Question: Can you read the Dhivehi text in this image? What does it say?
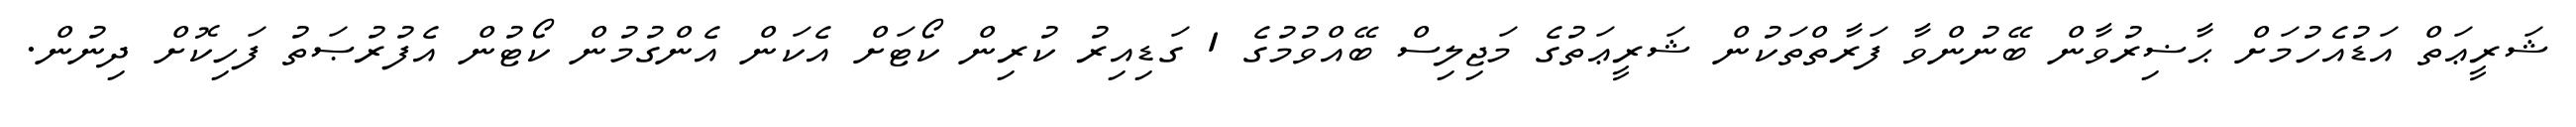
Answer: ޝަރީޢަތް އަޑުއެހުމަށް ޙާޟިރުވާން ބޭނުންވާ ފަރާތްތަކުން ޝަރީޢަތުގެ މަޖިލިސް ބޭއްވުމުގެ 1 ގަޑިއިރު ކުރިން ކޯޓަށް އެކަން އެންގުމުން ކޯޓުން އެފުރުޞަތު ފަހިކޮށް ދިނުން.